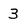
Character: 3